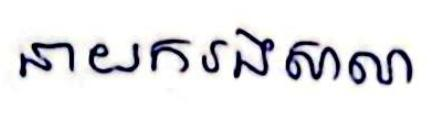
នាយករងសាលា